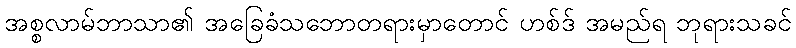
အစ္စလာမ်ဘာသာ၏ အခြေခံသဘောတရားမှာတောင် ဟစ်ဒ် အမည်ရ ဘုရားသခင်